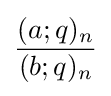
{\frac {(a;q)_{n}}{(b;q)_{n}}}